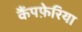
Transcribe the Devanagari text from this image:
कैंपफ़ेरिया